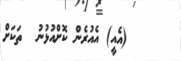
٢٤     (އެއީ) އެއުރެން ކޮށްއުޅުނު  ތަކަށް